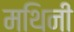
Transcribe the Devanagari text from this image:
मथिनी